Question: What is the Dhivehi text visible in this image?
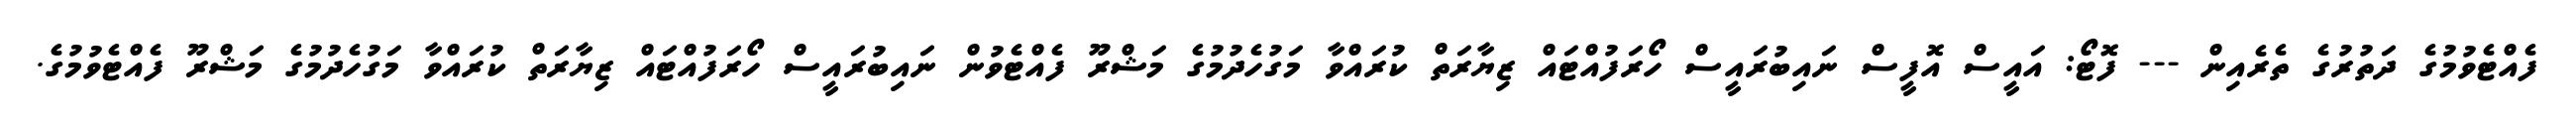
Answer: ފެއްޓެވުމުގެ ދަތުރުގެ ތެރެއިން --- ފޮޓޯ: އައީސް އޮފީސް ނައިބުރައީސް ހޯރަފުއްޓައް ޒިޔާރަތް ކުރައްވާ މަގުހެދުމުގެ މަޝްރޫ ފެއްޓެވުން ނައިބުރައީސް ހޯރަފުއްޓައް ޒިޔާރަތް ކުރައްވާ މަގުހެދުމުގެ މަޝްރޫ ފެއްޓެވުމުގެ.